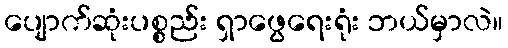
ပျောက်ဆုံးပစ္စည်း ရှာဖွေရေးရုံး ဘယ်မှာလဲ။